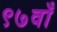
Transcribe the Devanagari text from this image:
९७वाँ